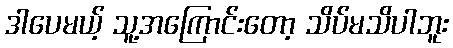
ဒါပေမယ့် သူ့အကြောင်းတော့ သိပ်မသိပါဘူး